Civil Veterinary Dept. Bombay admin report 1914-1922 - 1914-1922
Year: 1914
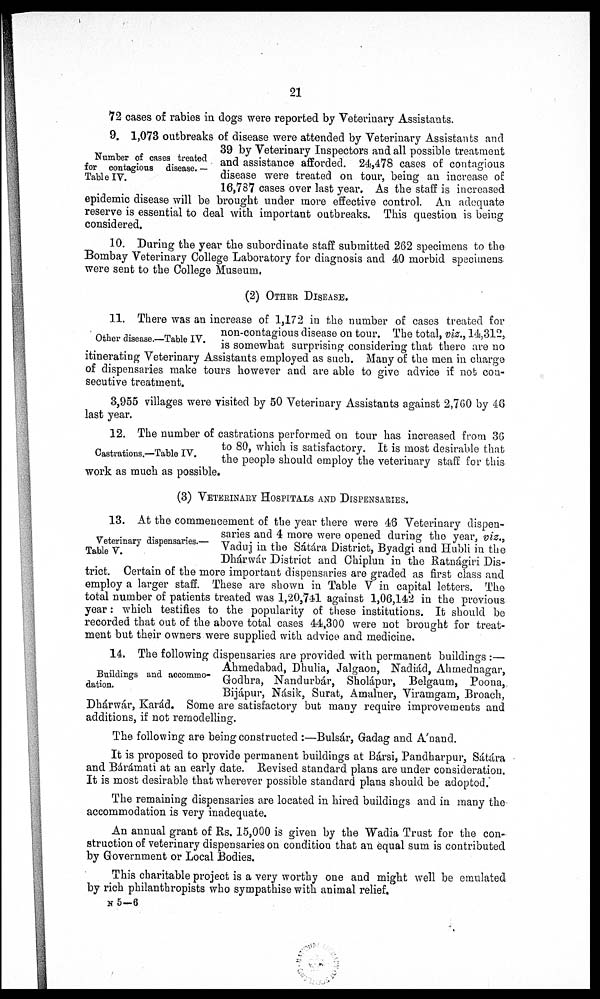
21
72 cases of rabies in dogs were reported by Veterinary Assistants.
Number of cases treated
for contagious disease. ~
Table IV.
9. 1,073 outbreaks of disease were attended by Veterinary Assistants and
39 by Veterinary Inspectors and all possible treatment
and assistance afforded. 24,478 cases of contagious
disease were treated on tour, being an increase of
16,787 cases over last year. As the staff is increased
epidemic disease will be brought under more effective control. An adequate
reserve is essential to deal with important outbreaks. This question is being
considered.
10. During the year the subordinate staff submitted 262 specimens to the
Bombay Veterinary College Laboratory for diagnosis and 40 morbid specimens
were sent to the College Museum.
(2) OTHER DISEASE
Other disease.—Table IV.
11. There was an increase of 1,172 in the number of cases treated for
non-contagious disease on tour. The total, viz., 14,312,
is somewhat surprising considering that there are no
itinerating Veterinary Assistants employed as such. Many of the men in charge
of dispensaries make tours however and are able to give advice if not con-
secutive treatment.
3,955 villages were visited by 50 Veterinary Assistants against 2,760 by 48
last year.
Castrations.—Table IV.
12. The number of castrations performed on tour has increased from 36
to 80, which is satisfactory. It is most desirable that
the people should employ the veterinary staff for this
work as much as possible.
(3) VETERINARY HOSPITALS AND DISPENSARIES
Veterinary dispensaries.—
Table V.
13. At the commencement of the year there were 46 Veterinary dispen-
saries and 4 more were opened during the year, viz.,
Vaduj in the Sátára District, Byadgi and Hubli in the
Dhárwár District and Chiplun in the Ratnágiri Dis-
trict. Certain of the more important dispensaries are graded as first class and
employ a larger staff. These are shown in Table V in capital letters. The
total number of patients treated was 1,20,741 against 1,06,142 in the previous
year: which testifies to the popularity of these institutions. It should be
recorded that out of the above total cases 44,300 were not brought for treat-
ment but their owners were supplied with advice and medicine.
Buildings and accommo-
dation.
14. The following dispensaries are provided with permanent buildings :—
Ahmedabad, Dhulia, Jalgaon, Nadiád, Ahmednagar,
Godhra, Nandurbár, Sholápur, Belgaum, Poona,
Bijápur, Násik, Surat, Amalner, Viramgam, Broach,
Dhárwár, Karád. Some are satisfactory but many require improvements and
additions, if not remodelling.
The following are being constructed :—Bulsár, Gadag and A'nand.
It is proposed to provide permanent buildings at Bársi, Pandharpur, Sátára
and Bárámati at an early date. Revised standard plans are under consideration.
It is most desirable that wherever possible standard plans should be adopted.
The remaining dispensaries are located in hired buildings and in many the
accommodation is very inadequate.
An annual grant of Rs. 15,000 is given by the Wadia Trust for the con-
struction of veterinary dispensaries on condition that an equal sum is contributed
by Government or Local Bodies.
This charitable project is a very worthy one and might well be emulated
by rich philanthropists who sympathise with animal relief.
N 5-6